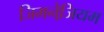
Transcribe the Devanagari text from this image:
जिमनेजि़यम